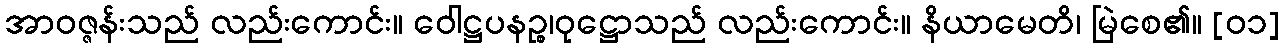
အာဝဇ္ဇန်းသည် လည်းကောင်း။ ဝေါဋ္ဌပနဉ္စ၊ဝုဋ္ဌောသည် လည်းကောင်း။ နိယာမေတိ၊ မြဲစေ၏။ [၀၁]